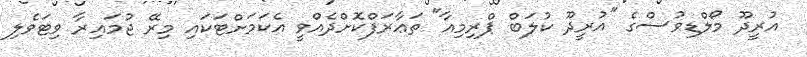
އުރީދޫ މޯލްޑިވުސްގެ "އުރީދޫ ކުލަބް ޕްރިމިއާ" ތަޢާރަފްކޮށްދެއްވީ އެކަމަށްޓަަކައި މިރޭ ޖުމައިރާ ވިޓަވެލި